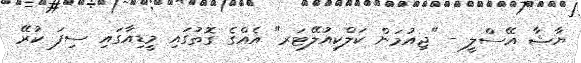
ޔާޝާ އޭސްލީ - "ޖިއުމަން ކަލްކިއުލޭޓަރ" އެއްގެ ގޮތުގައި މީޑިއާގައި ސިފަ ކުރޭ